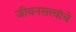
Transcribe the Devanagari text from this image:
जीवनसत्त्वांचे